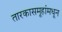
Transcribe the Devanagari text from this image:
तारकासमूहांमधून